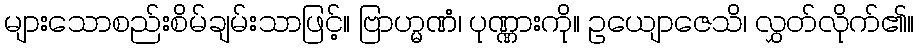
များသောစည်းစိမ်ချမ်းသာဖြင့်။ ဗြာဟ္မဏံ၊ ပုဏ္ဏားကို။ ဥယျောဇေသိ၊ လွှတ်လိုက်၏။